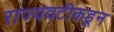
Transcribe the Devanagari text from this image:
राज्यवटीकडून